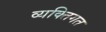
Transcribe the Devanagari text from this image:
व्यक्‍तिगत